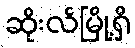
ဆိုးလ်မြို့ရှိ